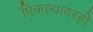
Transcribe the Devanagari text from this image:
पिकल्यावरही